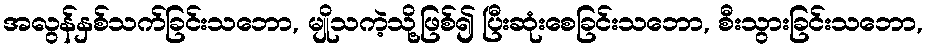
အလွန်နှစ်သက်ခြင်းသဘော, မျိုသကဲ့သို့ဖြစ်၍ ပြီးဆုံးစေခြင်းသဘော, စီးသွားခြင်းသဘော,